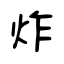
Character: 炸